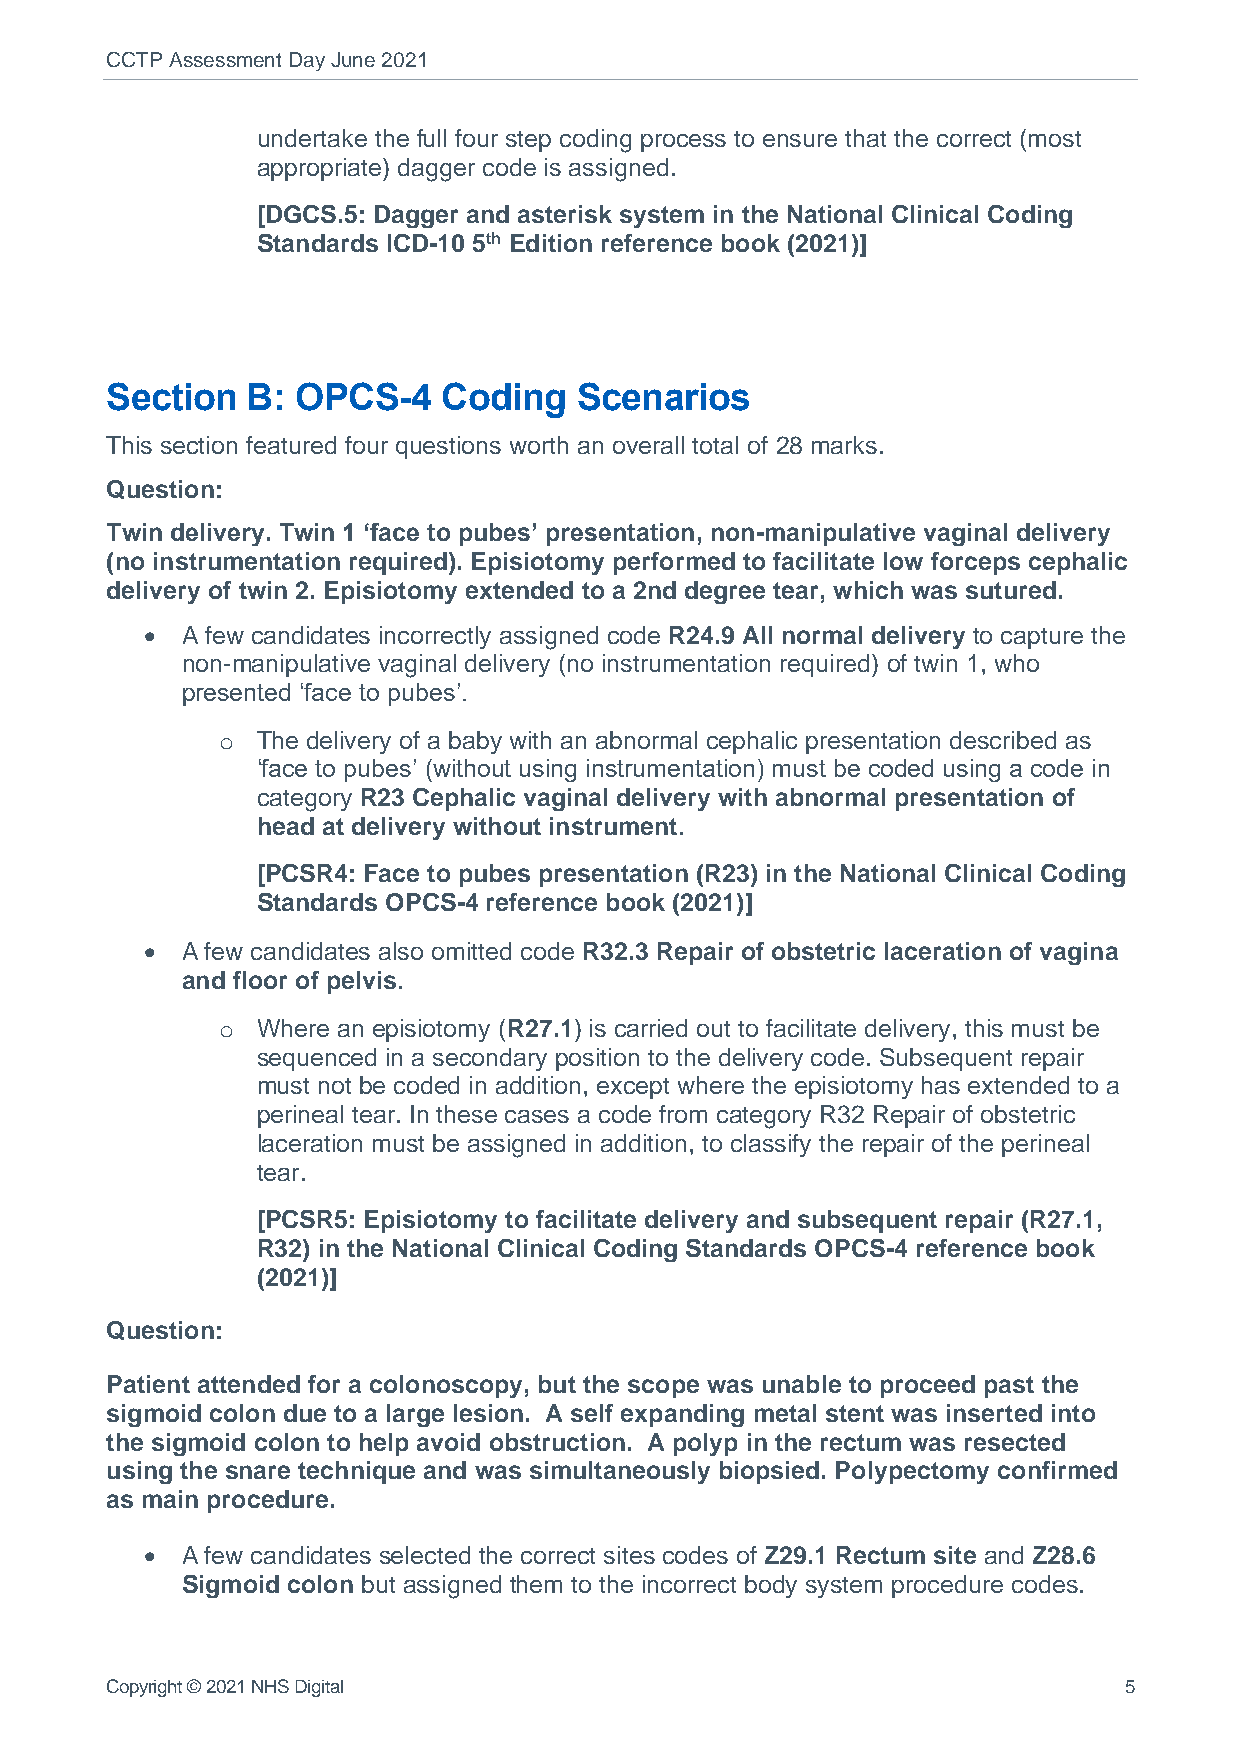
CCTP Assessment Day June 2021
 undertake the full four step coding process to ensure that the correct (most
 appropriate) dagger code is assigned.
 [DGCS.5: Dagger and asterisk system in the National Clinical Coding
 Standards ICD-10 5th Edition reference book (2021)]
 Section  B:  OPCS-4   Coding   Scenarios
 This section featured four questions worth an overall total of 28 marks.
 Question:
 Twin delivery. Twin 1 ‘face to pubes’ presentation, non-manipulative vaginal delivery
 (no instrumentation required). Episiotomy performed to facilitate low forceps cephalic
 delivery of twin 2. Episiotomy extended to a 2nd degree tear, which was sutured.
 • A few candidates incorrectly assigned code R24.9 All normal delivery to capture the
 non-manipulative vaginal delivery (no instrumentation required) of twin 1, who
 presented ‘face to pubes’.
 o  The delivery of a baby with an abnormal cephalic presentation described as
 ‘face to pubes’ (without using instrumentation) must be coded using a code in
 category R23 Cephalic vaginal delivery with abnormal presentation of
 head at delivery without instrument.
 [PCSR4: Face to pubes presentation (R23) in the National Clinical Coding
 Standards OPCS-4 reference book (2021)]
 • A few candidates also omitted code R32.3 Repair of obstetric laceration of vagina
 and floor of pelvis.
 o  Where an episiotomy (R27.1) is carried out to facilitate delivery, this must be
 sequenced in a secondary position to the delivery code. Subsequent repair
 must not be coded in addition, except where the episiotomy has extended to a
 perineal tear. In these cases a code from category R32 Repair of obstetric
 laceration must be assigned in addition, to classify the repair of the perineal
 tear.
 [PCSR5: Episiotomy to facilitate delivery and subsequent repair (R27.1,
 R32) in the National Clinical Coding Standards OPCS-4 reference book
 (2021)]
 Question:
 Patient attended for a colonoscopy, but the scope was unable to proceed past the
 sigmoid colon due to a large lesion. A self expanding metal stent was inserted into
 the sigmoid colon to help avoid obstruction. A polyp in the rectum was resected
 using the snare technique and was simultaneously biopsied. Polypectomy confirmed
 as main procedure.
 • A few candidates selected the correct sites codes of Z29.1 Rectum site and Z28.6
 Sigmoid colon but assigned them to the incorrect body system procedure codes.
 Copyright © 2021 NHS Digital                                       5